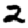
Digit: 2